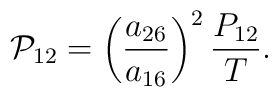
{\cal P}_{12}=\left(\frac{a_{26}}{a_{16}}\right)^{2}\frac{P_{12}}{T}.